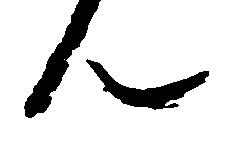
ん